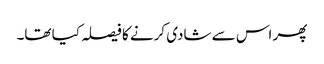
پھر اس سے شادی کرنے کا فیصلہ کیا تھا۔